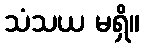
သံသယ မရှိ။